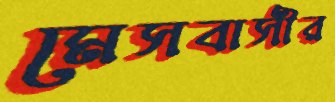
মেসবাসীর